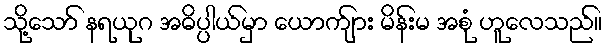
သို့သော် နရယုဂ အဓိပ္ပါယ်မှာ ယောက်ျား မိန်းမ အစုံ ဟူလေသည်။